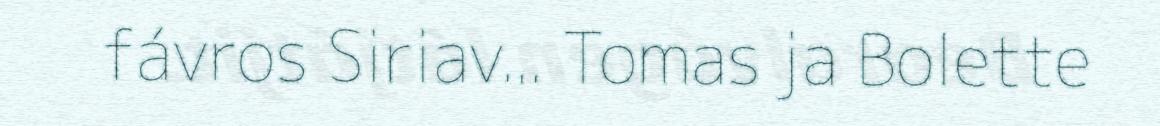
fávros Siriav... Tomas ja Bolette